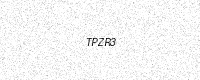
Text: TPZR3